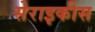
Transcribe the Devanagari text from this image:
सेराइकीस